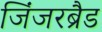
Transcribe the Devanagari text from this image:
जिंजरब्रैड